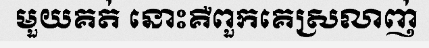
មួយគត់ នោះគឺពួកគេស្រលាញ់